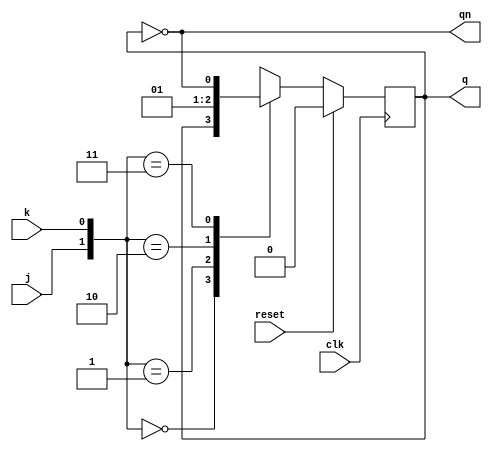
module JK_flipflop(input j,k,clk,reset,output reg q,output qn);
  always@(posedge clk)
    begin
      if(reset)
        q<=0;
      else
        case({j,k})
          2'b00:q<=q;
          2'b01:q<=1'b0;
          2'b10:q<=1'b1;
          2'b11:q<=~q;
        endcase
    end
  assign qn=~q;
endmodule